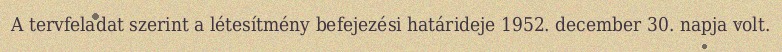
A tervfeladat szerint a létesítmény befejezési határideje 1952. december 30. napja volt.